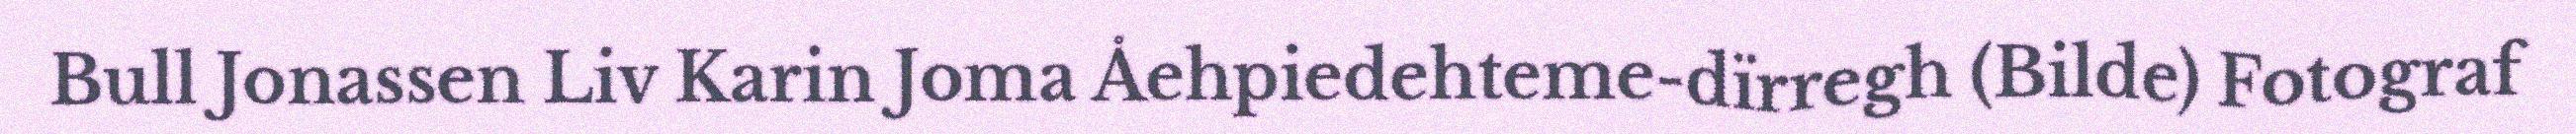
Bull Jonassen Liv Karin Joma Åehpiedehteme-dïrregh (Bilde) Fotograf